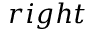
r i g h t